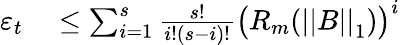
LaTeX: \begin{array}{rl}{\varepsilon_{t}}&{{}\leq\sum_{i=1}^{s}\frac{s!}{i!(s-i)!}\big(R_{m}(\left|\left|B\right|\right|_{1})\big)^{i}}\end{array}